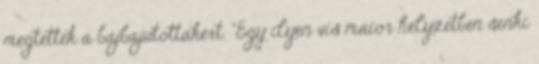
megtettek a bajbajutottakért. "Egy ilyen vis maior helyzetben senki